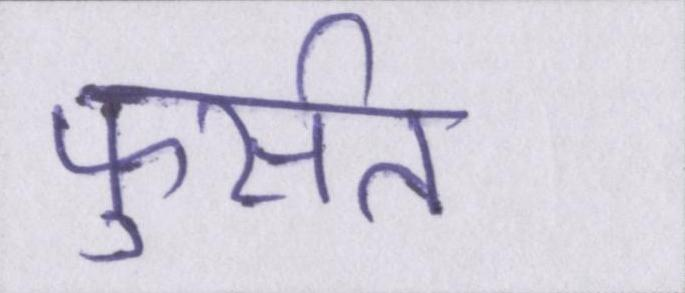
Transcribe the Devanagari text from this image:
फुर्सत